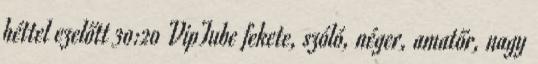
héttel ezelőtt 30:20 VipTube fekete, szóló, néger, amatőr, nagy